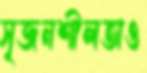
সৃজনশীলতাও